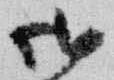
御